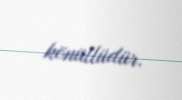
könüllüdür.